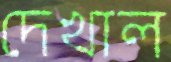
দেখাল